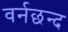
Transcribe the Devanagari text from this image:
वर्नछन्द